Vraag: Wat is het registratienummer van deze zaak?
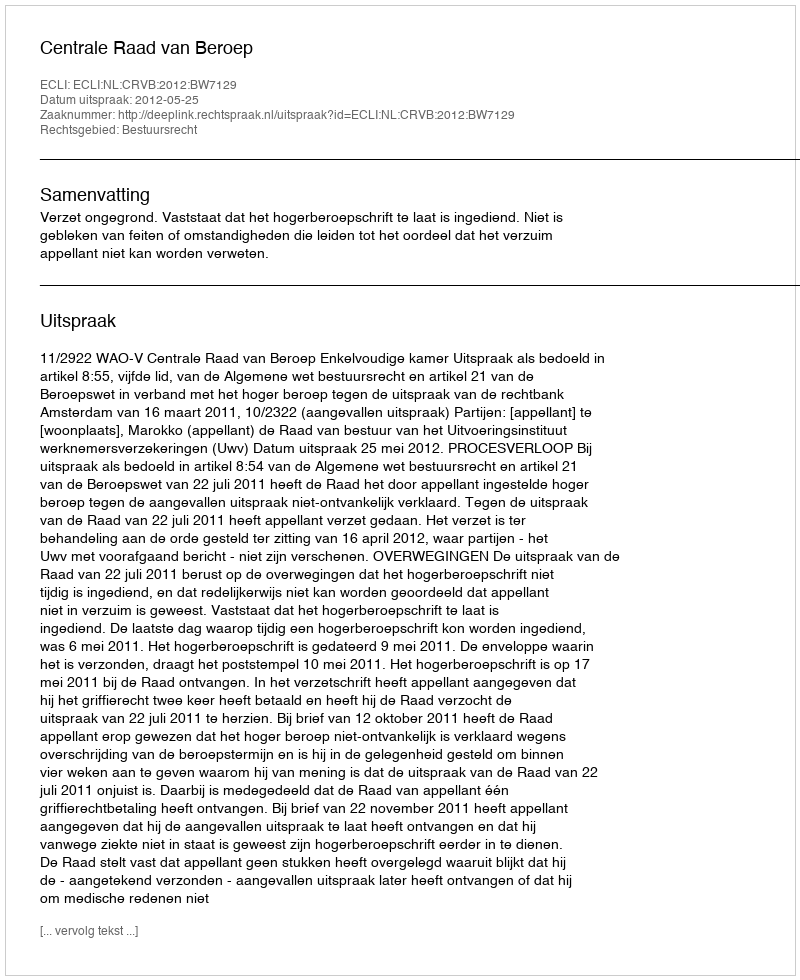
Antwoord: http://deeplink.rechtspraak.nl/uitspraak?id=ECLI:NL:CRVB:2012:BW7129